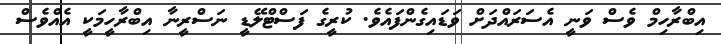
އިބްރާހިމް ވެސް ވަނީ އެސަރައްދަށް ވަޑައިގެންފައެވެ. ކުރީގެ ފަސްޓްލޭޑީ ނަސްރީނާ އިބްރާހީމަކީ އެއްވެސް